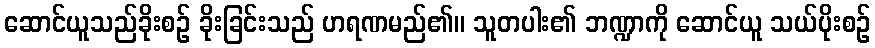
ဆောင်ယူသည်ခိုးစဉ် ခိုးခြင်းသည် ဟရဏမည်၏။ သူတပါး၏ ဘဏ္ဍာကို ဆောင်ယူ သယ်ပိုးစဉ်